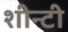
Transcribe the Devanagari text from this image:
शीन्टी